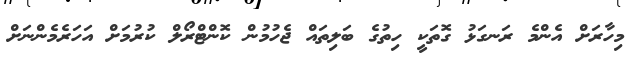
މިހާރަށް އެންމެ ރަނގަޅު ގޮތަކީ ހިތުގެ ބަލިތައް ޖެހުމުން ކޮންޓްރޯލް ކުރުމަށް އަހަރެމެންނަށް